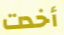
أخدت